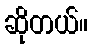
ဆိုတယ်။